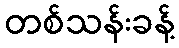
တစ်သန်းခန့်